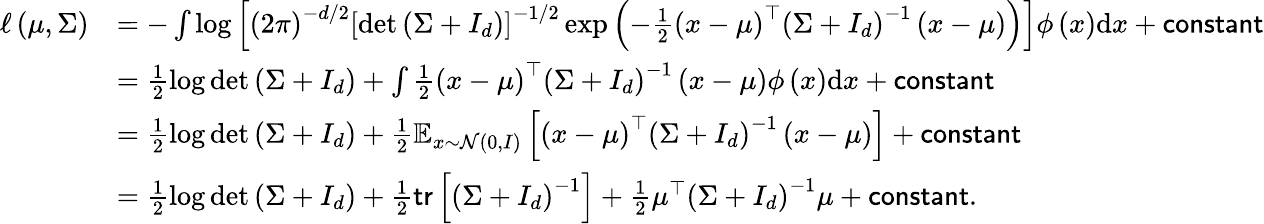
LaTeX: \begin{array}{rl}{\ell\left(\mu,\Sigma\right)}&{=-\int\log\left[\left(2\pi\right)^{-d/2}\left[\operatorname*{det}\left(\Sigma+I_{d}\right)\right]^{-1/2}\exp\left(-\frac{1}{2}\left(x-\mu\right)^{\top}\left(\Sigma+I_{d}\right)^{-1}\left(x-\mu\right)\right)\right]\phi\left(x\right)\mathrm{d}x+\mathsf{constant}}\\ &{=\frac{1}{2}\log\operatorname*{det}\left(\Sigma+I_{d}\right)+\int\frac{1}{2}\left(x-\mu\right)^{\top}\left(\Sigma+I_{d}\right)^{-1}\left(x-\mu\right)\phi\left(x\right)\mathrm{d}x+\mathsf{constant}}\\ &{=\frac{1}{2}\log\operatorname*{det}\left(\Sigma+I_{d}\right)+\frac{1}{2}\mathbb{E}_{x\sim\mathcal{N}(0,I)}\left[\left(x-\mu\right)^{\top}\left(\Sigma+I_{d}\right)^{-1}\left(x-\mu\right)\right]+\mathsf{constant}}\\ &{=\frac{1}{2}\log\operatorname*{det}\left(\Sigma+I_{d}\right)+\frac{1}{2}\mathsf{tr}\left[\left(\Sigma+I_{d}\right)^{-1}\right]+\frac{1}{2}\mu^{\top}\left(\Sigma+I_{d}\right)^{-1}\mu+\mathsf{constant}.}\end{array}